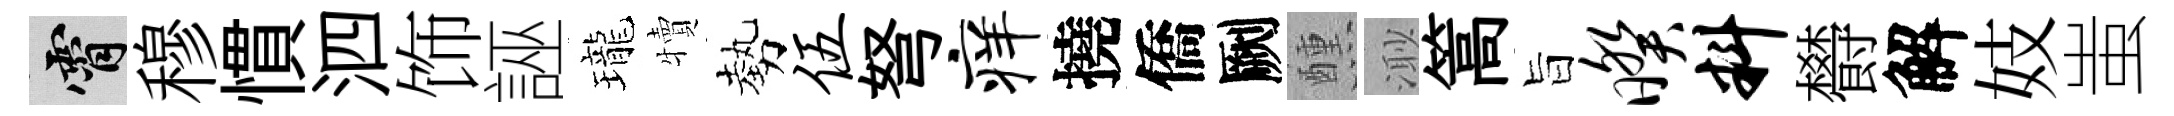
霄穆慣泗饰誣瓏犢勢伍弩痒撓僑劂醺𣺌篙旨暌料欎解妓蚩